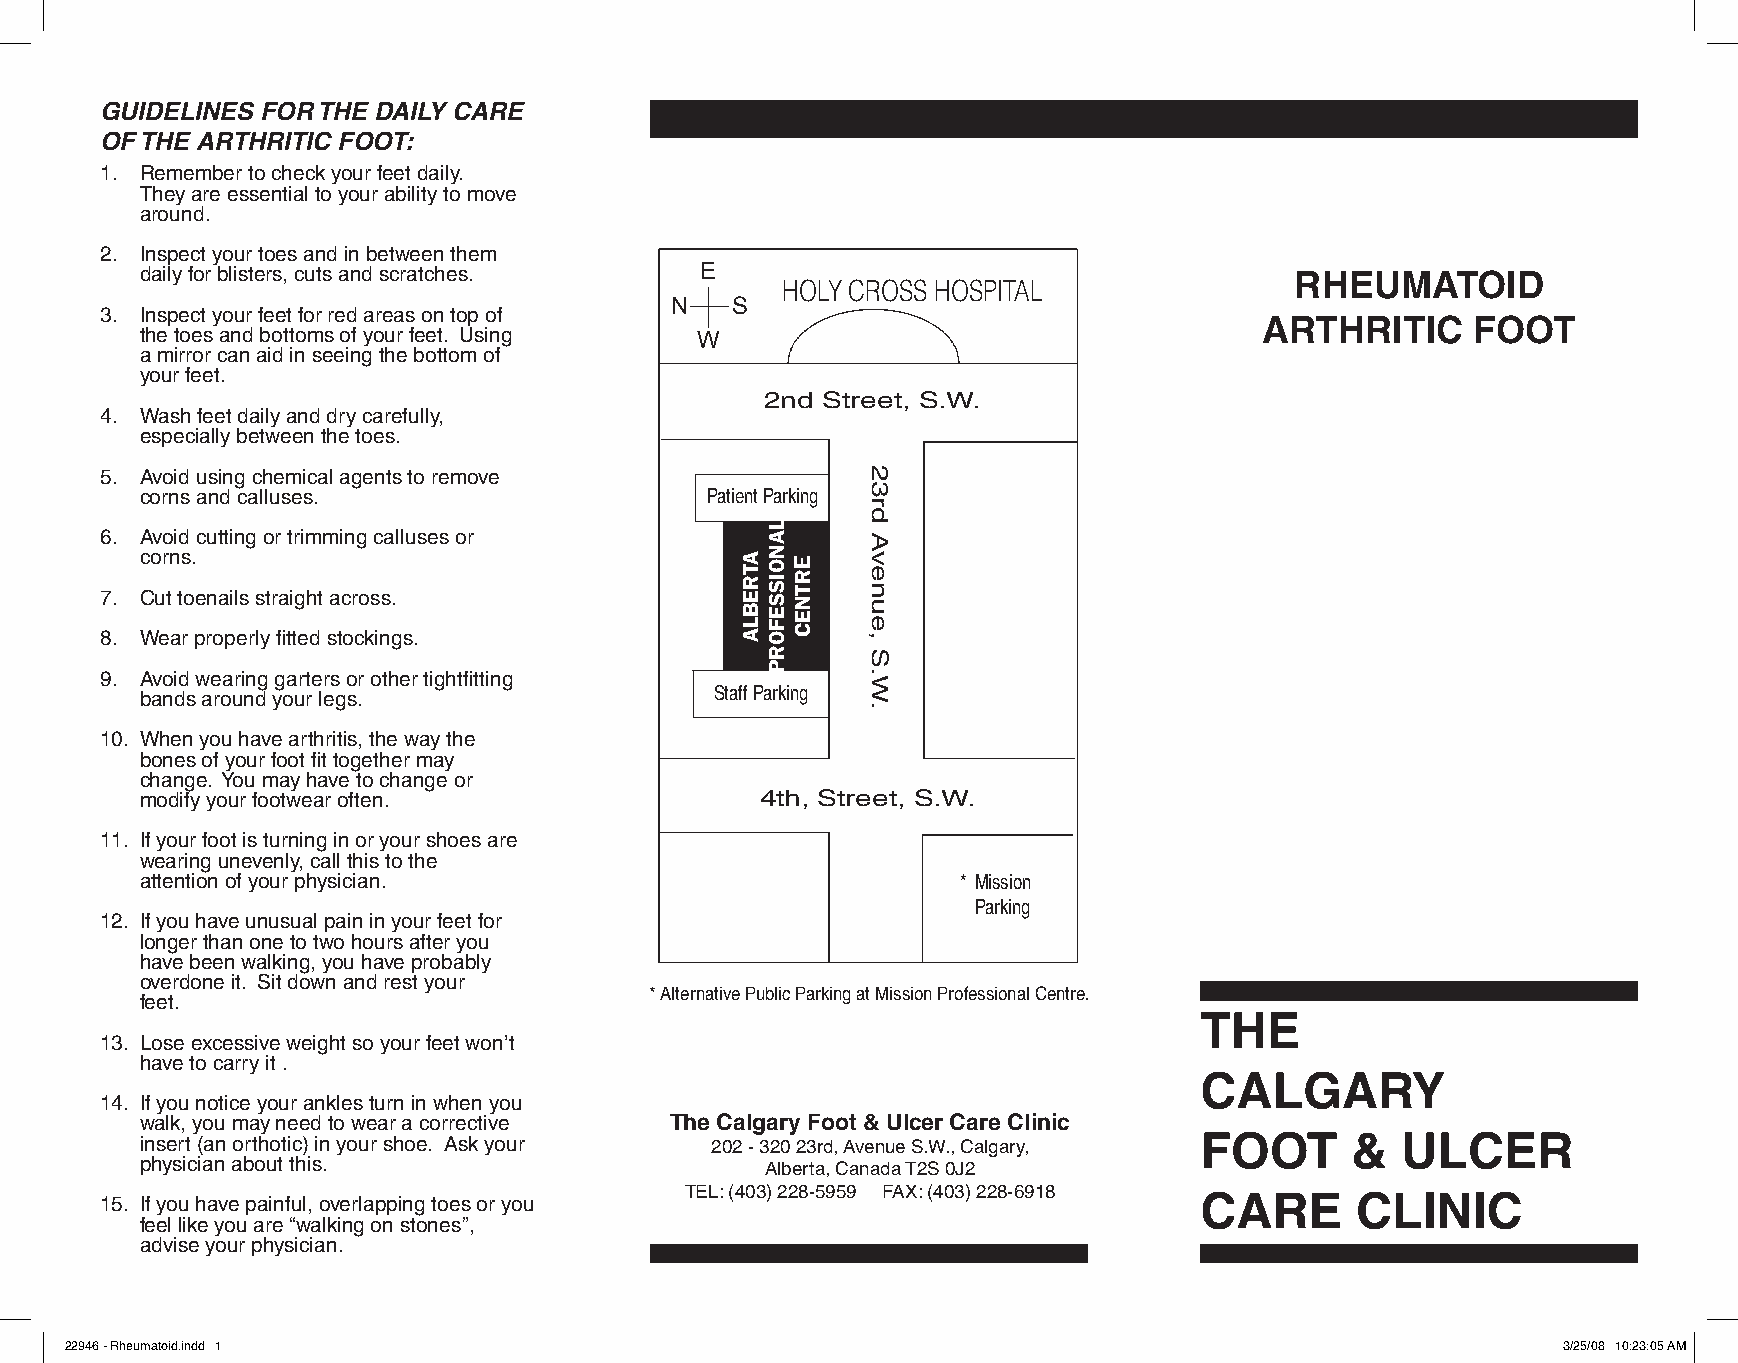
GUIDELINES FOR THE DAILY CARE
 OF THE ARTHRITIC FOOT:
 1. Remember to check your feet daily.
 They are essential to your ability to move
 around.
 2. Inspect your toes and in between them
 daily for blisters, cuts and scratches. E                                    RHEUMATOID
 HOLY CROSS HOSPITAL
 N   S
 3. Inspect your feet for red areas on top of
 ARTHRITIC     FOOT
 the toes and bottoms of your feet. Using W
 a mirror can aid in seeing the bottom of
 your feet.
 2nd Street, S.W.
 4. Wash feet daily and dry carefully,
 especially between the toes.
 5. Avoid using chemical agents to remove
 corns and calluses.                   Patient Parking
 6. Avoid cutting or trimming calluses or
 corns.
 7. Cut toenails straight across.
 8. Wear properly fitted stockings.
 9. Avoid wearing garters or other tightfitting
 bands around your legs.               Staff Parking
 10. When you have arthritis, the way the
 bones of your foot fit together may
 change. You may have to change or
 modify your footwear often.              4th, Street, S.W.
 11. If your foot is turning in or your shoes are
 wearing unevenly, call this to the
 attention of your physician.                           * Mission
 Parking
 12. If you have unusual pain in your feet for
 longer than one to two hours after you
 have been walking, you have probably
 overdone it. Sit down and rest your
 * Alternative Public Parking at Mission Professional Centre.
 feet.
 THE
 13. Lose excessive weight so your feet won’t
 have to carry it .
 CALGARY
 14. If you notice your ankles turn in when you
 walk, you may need to wear a corrective The Calgary Foot & Ulcer Care Clinic
 insert (an orthotic) in your shoe. Ask your 202 - 320 23rd, Avenue S.W., Calgary, FOOT & ULCER
 physician about this.                     Alberta, Canada T2S 0J2
 TEL: (403) 228-5959 FAX: (403) 228-6918
 15. If you have painful, overlapping toes or you                        CARE       CLINIC
 feel like you are “walking on stones”,
 advise your physician.
 22946 - Rheumatoid.indd 1                                                                          3/25/08 10:23:05 AM
 ATREBLA
 LANOISSEFORP
 ERTNEC
 23rd
 Avenue,
 S.W.